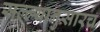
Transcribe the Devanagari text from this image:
सल्ल्यानुसारच